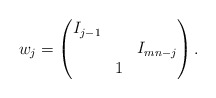
\begin{align*}w_j=\begin{pmatrix}I_{j-1}&&\\&&I_{mn-j}\\&1&\end{pmatrix}.\end{align*}